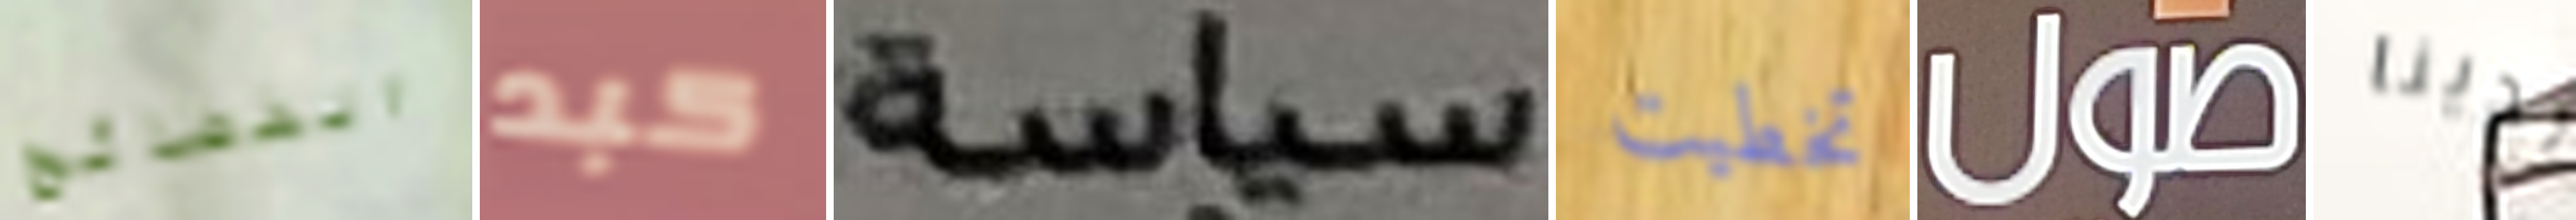
الفضائح كبد سياسة تخطيت صول لدينا